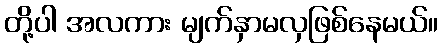
တို့ပါ အလကား မျက်နှာမလှဖြစ်နေမယ်။